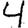
Digit: 4